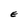
Character: E